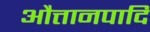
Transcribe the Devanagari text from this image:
औत्तानपादि